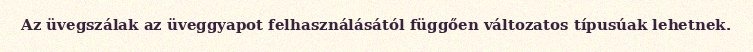
Az üvegszálak az üveggyapot felhasználásától függően változatos típusúak lehetnek.